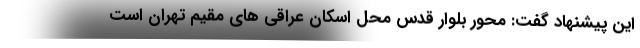
این پیشنهاد گفت: محور بلوار قدس محل اسکان عراقی های مقیم تهران است